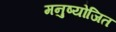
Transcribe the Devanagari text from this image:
मनुष्योजित